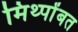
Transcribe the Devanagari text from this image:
मिथ्पोंबत